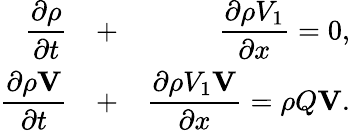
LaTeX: \begin{array}{rlr}{\displaystyle{\frac{\partial\rho}{\partial t}}}&{+}&{\displaystyle{\frac{\partial\rho V_{1}}{\partial x}}=0,}\\ {\displaystyle{\frac{\partial\rho{\mathbf V}}{\partial t}}}&{+}&{\displaystyle{\frac{\partial\rho V_{1}{\mathbf V}}{\partial x}}=\rho Q{\mathbf V}.}\end{array}